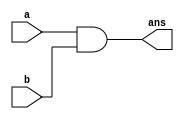
`timescale 1ns / 1ps

module and1x1(
  input a,
  input b,
  output ans
  );

  and g1(ans,a,b);
  
endmodule